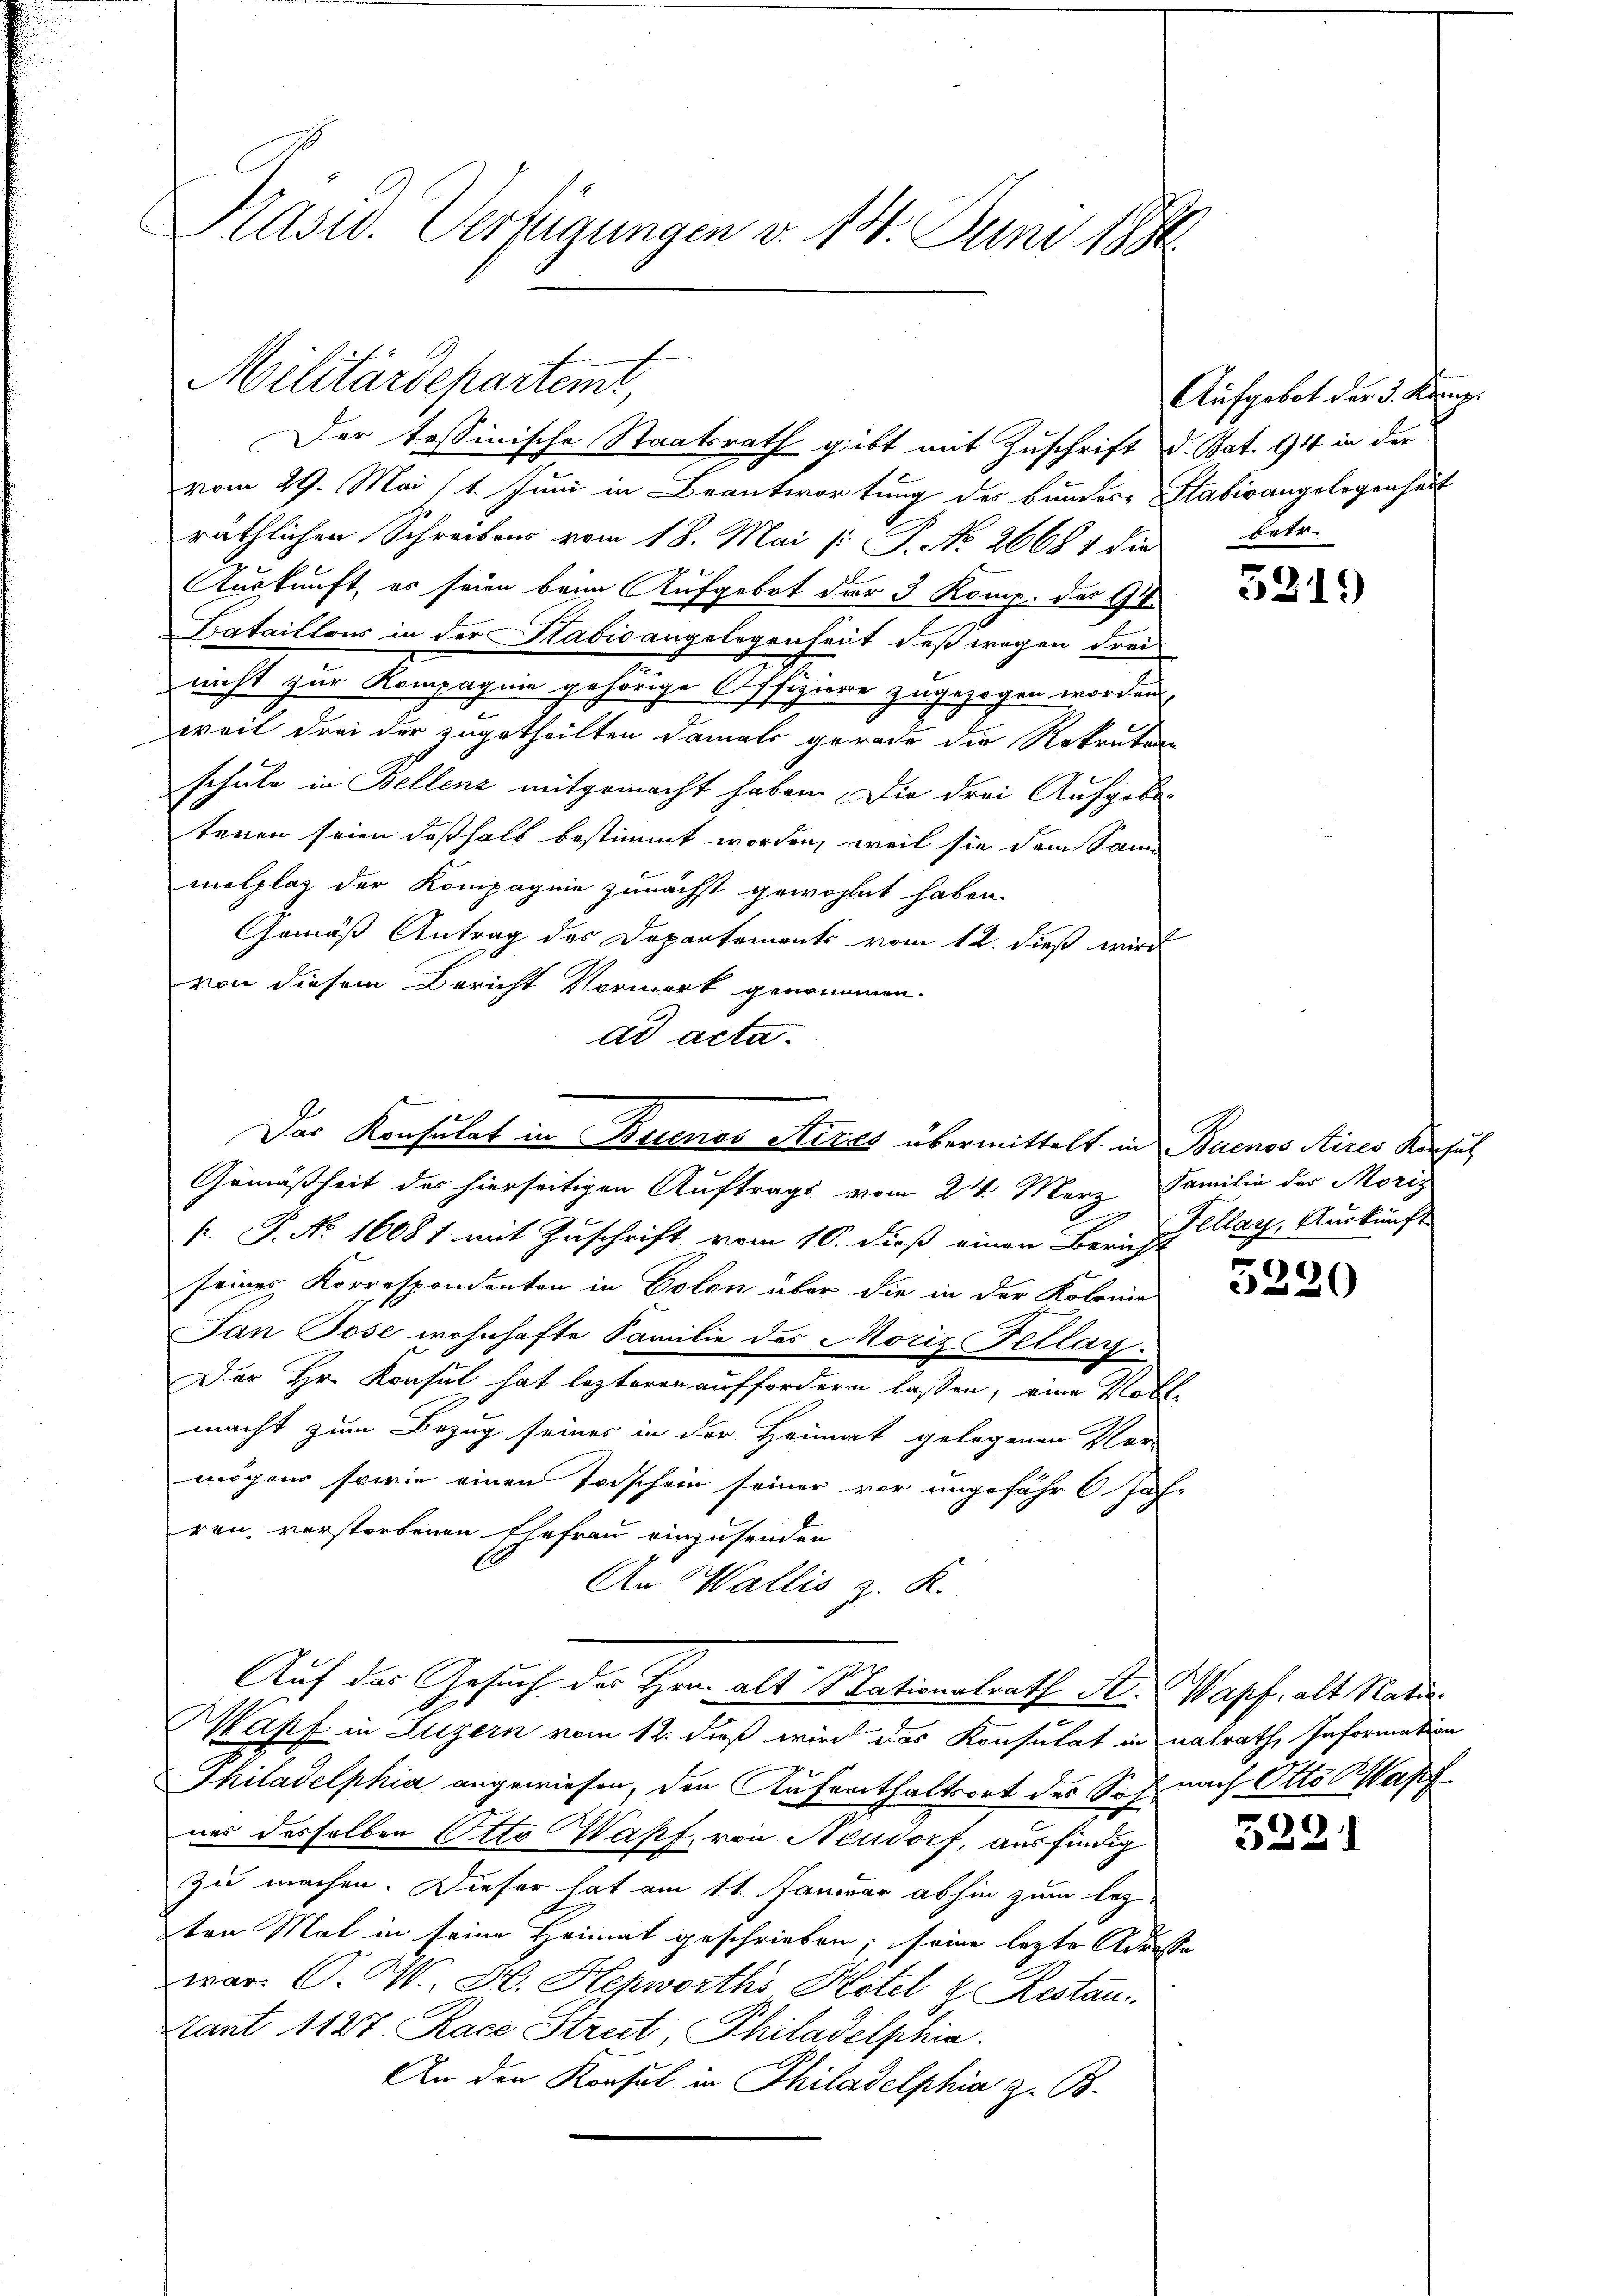
Kasw. Verfügungen v. 14. Juni 1890.

Militärdepartemt,
Der tessinische Staatsrath gibt mit Zuschrift d. Bat. 94 in der

vom 29. Mai (1. Juni in Beantwortung des Bundere Stabisangelegenheit
räthlichen Schreibens vom 18. Mai /: P. No. 26681 die
Auskunft, es seien beim Aufgebot der 3 Komp. des Ge
Dataillons in der Stabis angelegenheit, daß wegen drei
nicht zur Kompagnie gehörige Offiziere zugezogen worden,
weil drei der zugetheilten damals gerade die Rekruten
schule in Bellenz mitgemacht haben. Die drei Aufgabe
tenen seien deßhalb bestimmt worden, weil sie dem Sammelplaz der Kompagnie zunächst gewohnet haben.
Gemäß Antrag des Departements vom 12. dieß wird
von diesem Bericht Vormerk genommen.
ad acta.
Gemäßheit des hierseitigen Auftrags vom 24. März Familie der Moris
f. P. No. 16081 mit Zuschrift vom 10. dieß einen Bericht Ellag, Auskunft
seines Korrespondenten in Colon über die in der Kolonie
Jan Jose wohnhafte Familie des Moriz Fellay.
Der Hr. Konsul hat lezteren auffordern lassen, eine Vollmacht zum Bezug seines in der Heimat gelegenen Ver-
mögen sowie einen Todschein seiner vor ungefähr 6 Jah-
ren, verstorbenen Ehefrau einzusenden
An Wallis z. R.
Auf das Gesuch des Hrn. als Nationalrath M. Wapf, alt Rates
Wapf in Luzern vom 12. dieß wird das Konsulat in natrath, Information
Philadelphia angewiesen, den Aufenthaltsort des Sof nach Otto (Wapf
nes desselben Otto Wapf, von Neudorf, ausfindig
zu machen. Dieser hat am 11. Januar abhin zum lezten Mal in seine Heimat geschrieben; seine lezte Adresse
war. C. W. H. Hepworths Kotel & Restan
Hant 1127 Race Strict, Philadelphia
An den Konsul in Philadelphia z. Ob

Das Konsulat in Buenos Aires übermittelt in Buenos Aires Konsul

Aufgebot der 3. König.
betr.

5219

)
3220

5221